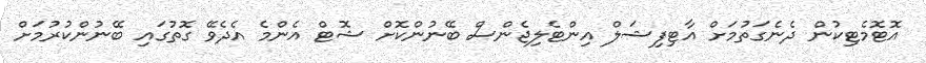
އޮޓޮމެޓިކުން ދެނެގަތުމަށް އާޓިފިޝަލް އިންޓެލިޖެންސް ބޭނުންކޮށް ޝޮޓް އެންމެ އެދެވޭ ގޮތުގައި ބޭނުންކުރުމަށް